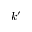
k ^ { \prime }